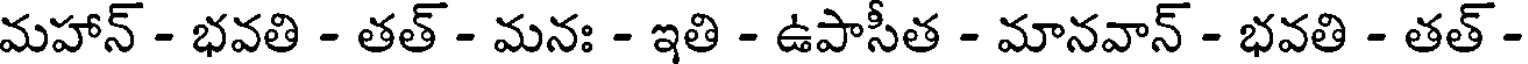
మహాన్ - భవతి - తత్ - మనః - ఇతి - ఉపాసీత - మానవాన్ - భవతి - తత్ -